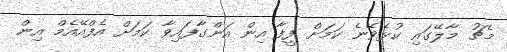
މެޗު މާލޭގައި ކުޅެވޭނެ ކަމަށް ފީފާ އިން އަންގާފައިވާ ކަމަށް އެފްއޭއެމް އިން